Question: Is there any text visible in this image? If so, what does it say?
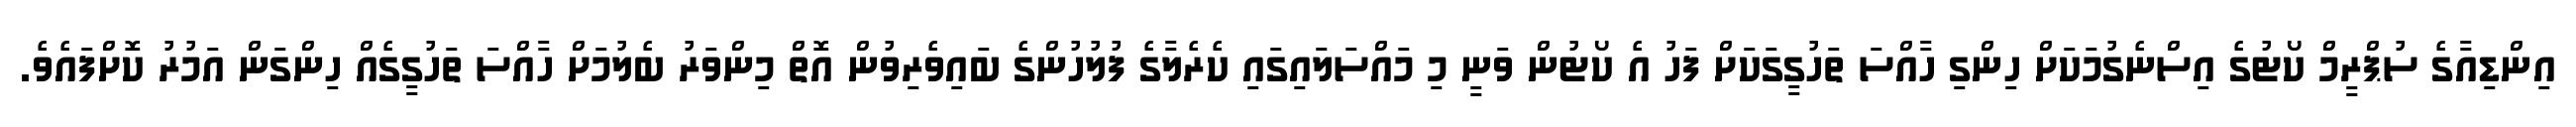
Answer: އިންޑިއާގެ ސުޕްރީމް ކޯޓުގެ އިސްނެގުމަކަށް ހިންގި ހާއްސަ ތަހުގީގަކަށް ފަހު އެ ކޯޓުން ވަނީ މި މައްސަލައިގައި ކެރެލާގެ ފުލުހުންގެ ބައިވެރިވުން އޮތް މިންވަރު ބެލުމަށް ހާއްސަ ތަހުގީގެއް ހިންގަން އަމުރު ކޮށްފައެވެ.